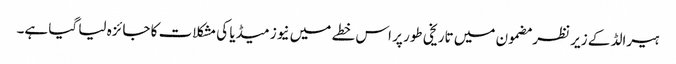
ہیرالڈ کے زیر نظر مضمون میں تاریخی طور پر اس خطے میں نیوز میڈیا کی مشکلات کا جائزہ لیا گیا ہے۔